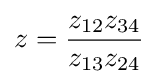
z={\frac {z_{12}z_{34}}{z_{13}z_{24}}}